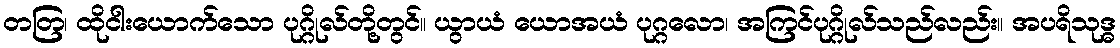
တတြ၊ ထိုငါးယောက်သော ပုဂ္ဂိုလ်တို့တွင်။ ယွာယံ ယောအယံ ပုဂ္ဂလော၊ အကြင်ပုဂ္ဂိုလ်သည်လည်း။ အပရိသုဒ္ဓ